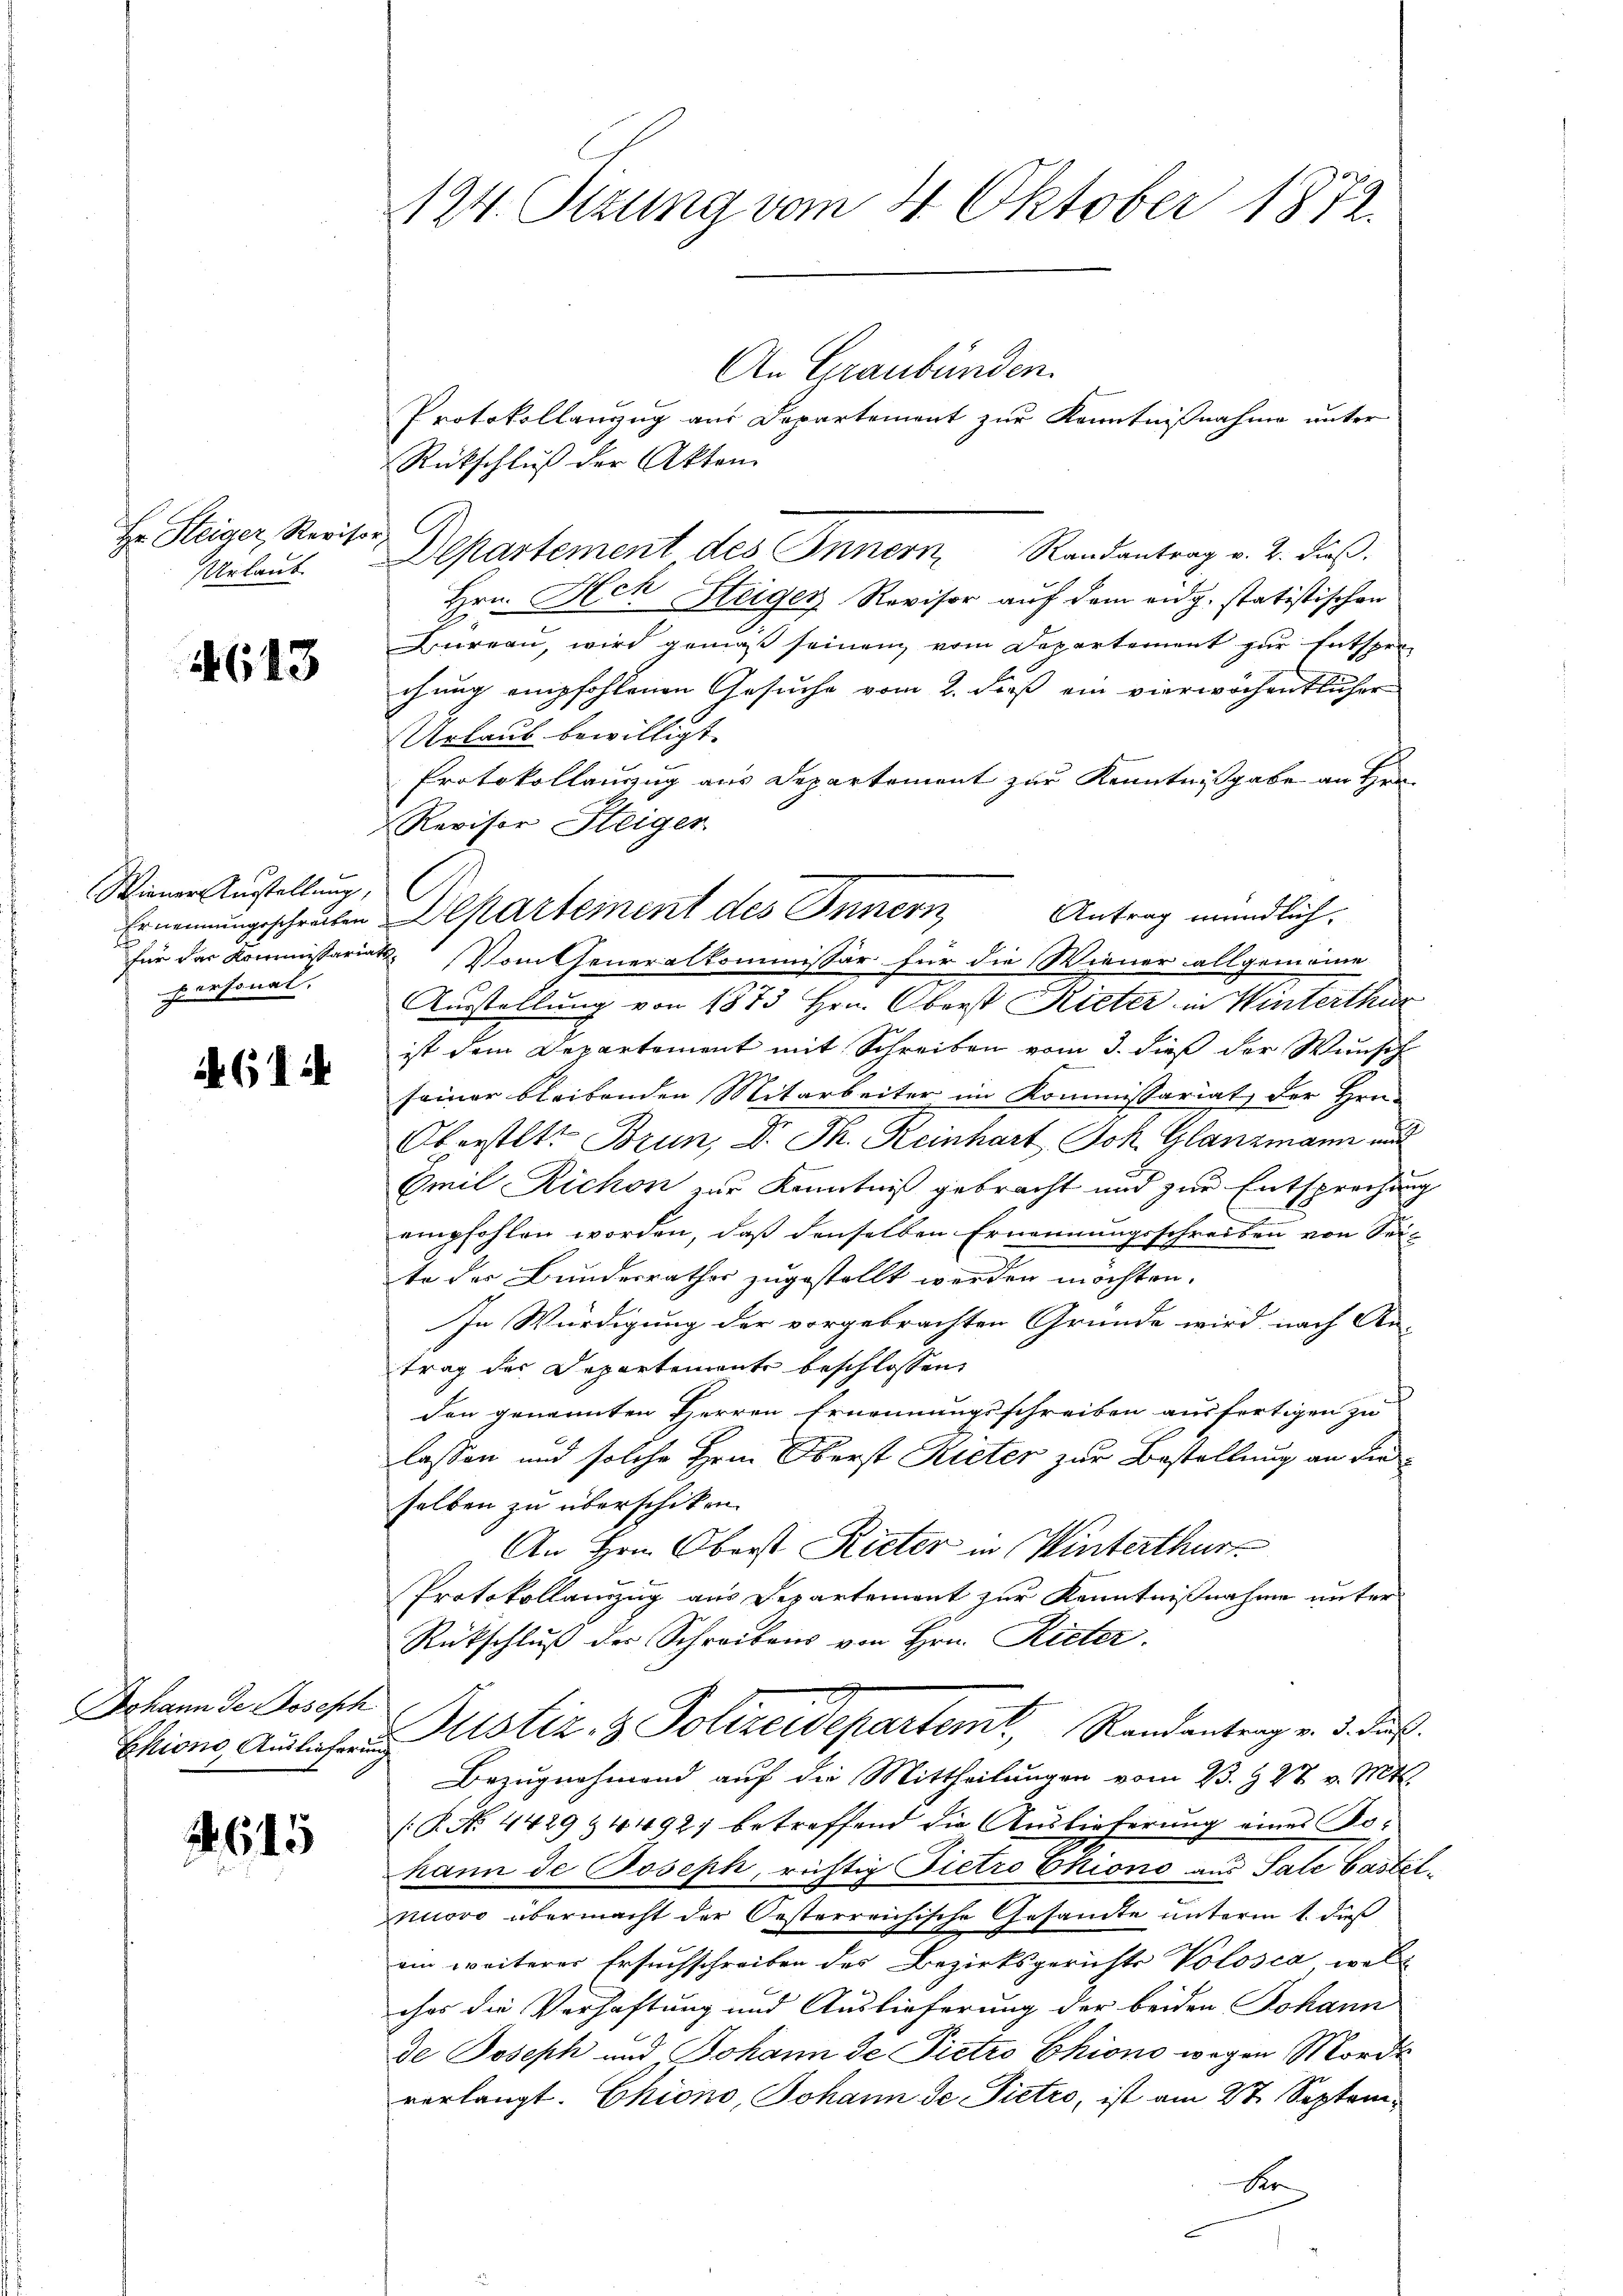
Hr. Steiger Revisor C
Urlaub.

4613

Wiener Ausstellung,
personal.

461

Johann de Joseph

1615

124. Sizung vom 4. Oktober 1872.

An Graubünden.
Protokollanzug aus Departement zur Kenntnißnahme unter
Rückschluß der Akten.
Departement des Innern, Randantrag v. 2. dieß.
Hrn. Hech Steiger Revisor auf dem eidg. statistischen
Bureau, wird gemäß seinem vom Departement zur Entsprochung empfohlenen Gesuche vom 2. dieß ein vierwöchentlicher
Urlaub bewilligt.
Protokollauszug aus Departement zur Kenntnißgabe an Hrn
Revisor Steiger
l
für das Kommissariat. Vom Generalkommissär für die Wiener allgemeine
Ausstellung von 1873 Hrn. Oberst Rieter in Winterthur
ist dem Departement mit Schreiben vom 3. dieß der Wunsch
seiner bleibenden Mitarbeiter im Kommissariat der Hrn.
Oberstet. Brun, Dr. Th. Reinhart Joh. Glanzmann und
Emil Richon zur Kenntniß gebracht und zur Entsprechung
empfohlen worden, daß denselben Ernennungsschreiben von Seite des Bundesrathes zugestellt werden möchten.
In Würdigung der vorgebrachten Gründe wird nach An-
trag des Departemente beschlossen,
den genannten Herren Ernennungsschreiben ausfertigen zu
lassen und solche Hrn. Oberst Rieter zur Bestellung an dieselben zu überschiken.
An Hrn. Oberst Rieter in Winterthur
Protokollanzug aus Departement zur Kenntnißnahme unter
Rückschluß des Schreibens von Hrn. Rieter.
Chions Aufahren Mistiz & Polizeidepartemt, Randantrag v. 3. dur
Bezugnahmend auf die Mittheilungen vom 23. § 27. v. Mtt.
(P. Nr. 4429 & 44927 betreffend die Auslieferung eines Kohann de Joseph, richtig Pietro Ehiono aus Sale Gastelnuovo übermacht der Oesterreichische Gesamte unterm 1. dieß
ein weiterer Ersuchschreiben des Bezirksgerichts Volosca, welt
ches die Verhaftung und Auslieferung der beiden Johann
de Joseph und Johann de Pietro Chiono wegen Morde
verlangt. Chiono, Johann de Pietro, ist am 27. Septem¬
A

Ernennungsschreiben Departement des Innern Antrag mündlich.